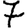
Digit: 7